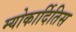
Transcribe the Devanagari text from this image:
म्योकार्दितिस